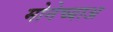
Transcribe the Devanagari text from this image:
मोनेच्याअ